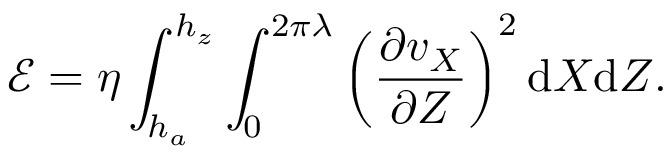
\mathcal { E } = \eta \int _ { h _ { a } } ^ { h _ { z } } \int _ { 0 } ^ { 2 \pi \lambda } \left( \frac { \partial v _ { X } } { \partial Z } \right) ^ { 2 } \mathrm { d } X \mathrm { d } Z .